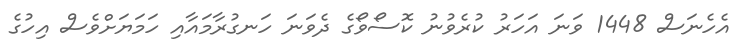
އެހެނަސް 1448 ވަނަ އަހަރު ކުރެވުނު ކޮސޯވޯގެ ދެވަނަ ހަނގުރާމައާއި ހަމަޔަށްވެސް އިހުގެ